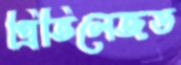
প্রিভিলেজড